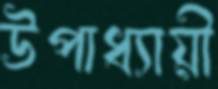
উপাধ্যায়ী